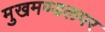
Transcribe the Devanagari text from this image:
मुखमण्डलपर